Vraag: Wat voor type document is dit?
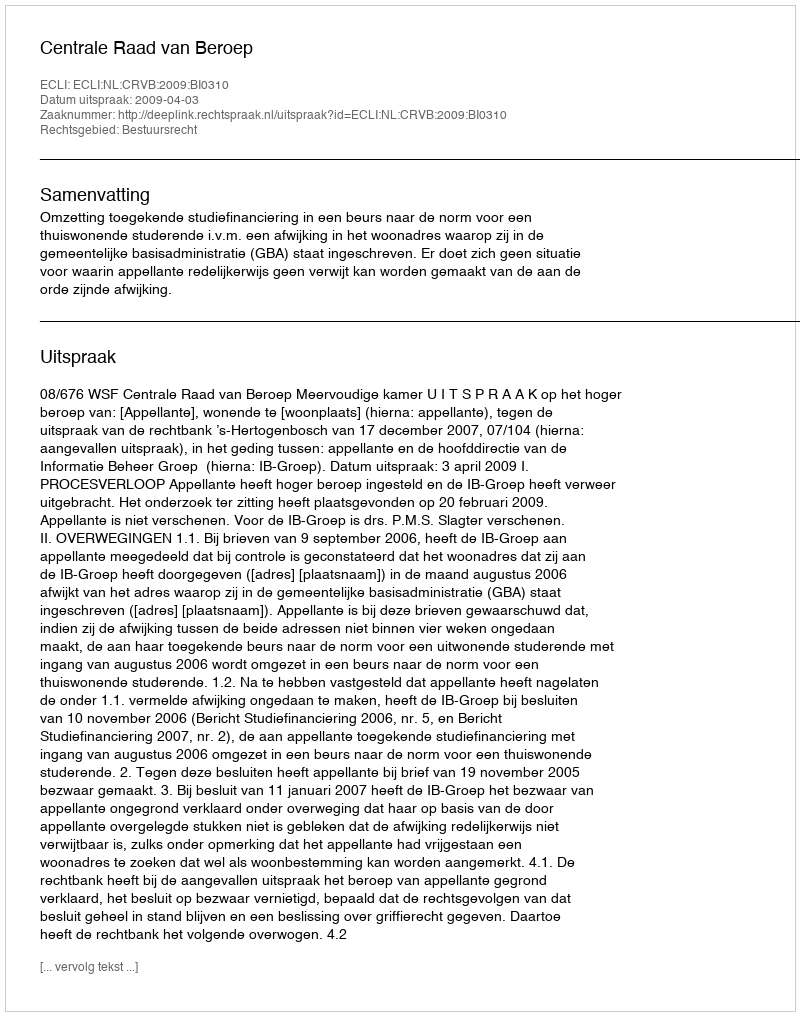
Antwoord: Uitspraak